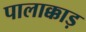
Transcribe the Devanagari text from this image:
पालाक्काड़